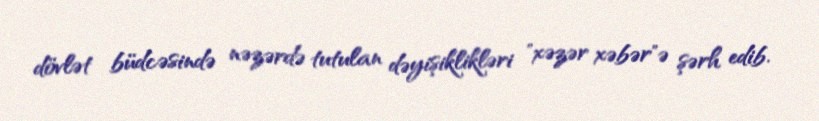
dövlət büdcəsində nəzərdə tutulan dəyişiklikləri "xəzər xəbər"ə şərh edib.